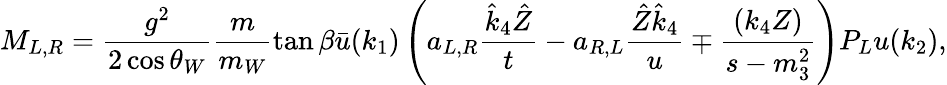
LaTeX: M_{L,R}=\frac{g^{2}}{2\cos\theta_{W}}\frac{m}{m_{W}}\tan\beta\bar{u}(k_{1})\left(a_{L,R}\frac{\hat{k}_{4}\hat{Z}}{t}-a_{R,L}\frac{\hat{Z}\hat{k}_{4}}{u}\mp\frac{(k_{4}Z)}{s-m_{3}^{2}}\right)P_{L}u(k_{2}),